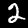
Label: 2